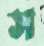
স